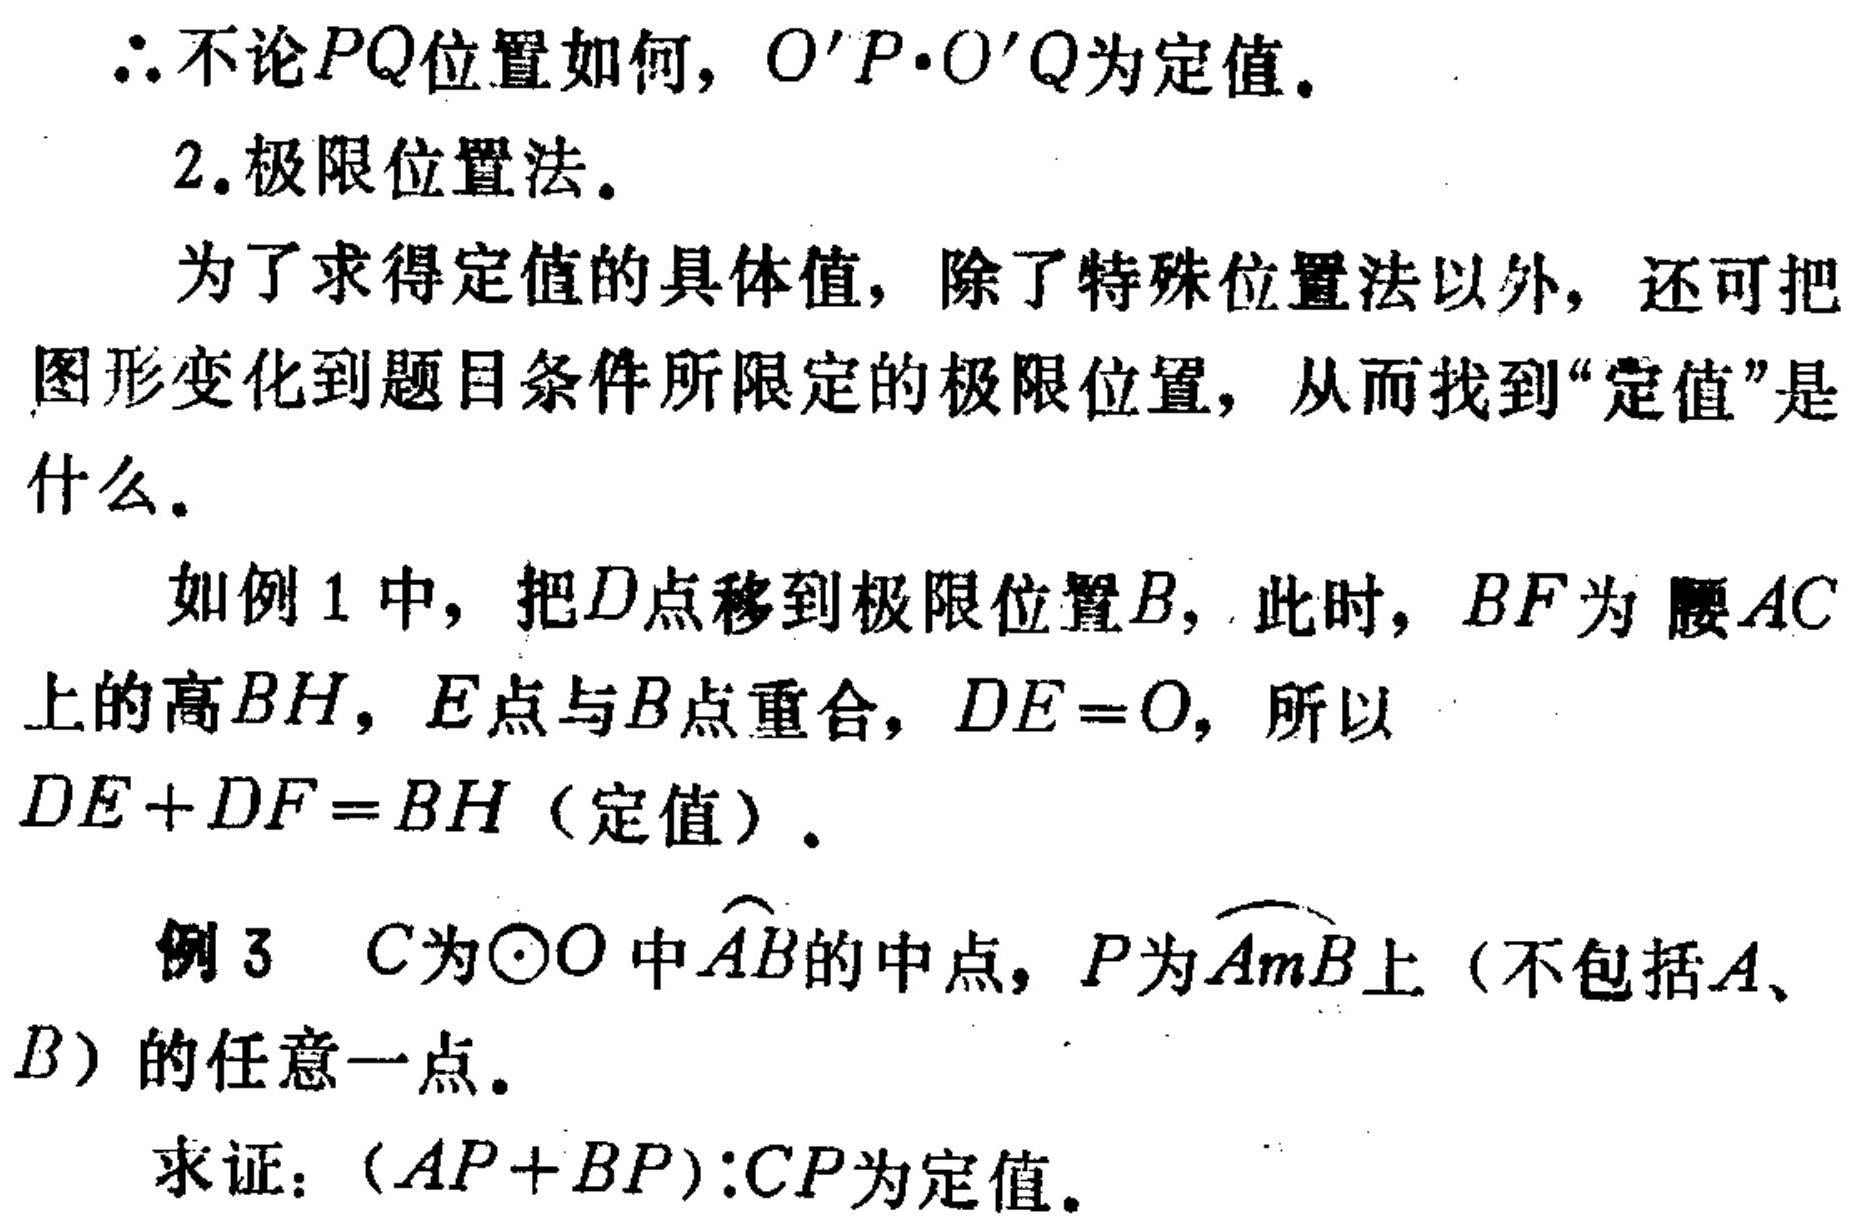
$\therefore$不论$PQ$位置如何，$O'P\cdot O'Q$为定值。
2.极限位置法。
为了求得定值的具体值，除了特殊位置法以外，还可把
图形变化到题目条件所限定的极限位置，从而找到“定值”是
什么。
如例1中，把$D$点移到极限位置$B$，此时，$BF$为腰$AC$
上的高$BH$，$E$点与$B$点重合，$DE = 0$，所以
$DE + DF=BH$（定值）。
例3 $C$为$\odot O$中$\overset{\frown}{AB}$的中点，$P$为$\overset{\frown}{AmB}$上（不包括$A$、
$B$）的任意一点。
求证：$(AP + BP):CP$为定值。